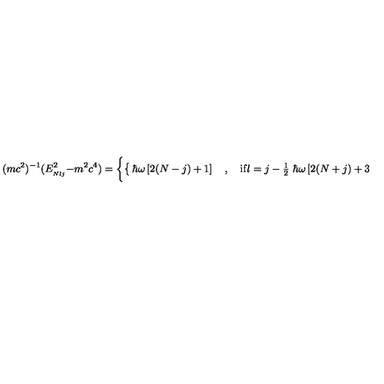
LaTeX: ( m c ^ { 2 } ) ^ { - 1 } ( E _ { _ { N l j } } ^ { 2 } - m ^ { 2 } c ^ { 4 } ) = \left\{ \begin{cases} { \hbar \omega \left[ 2 ( N - j ) + 1 \right] \quad , \quad \mathrm { i f } l = j - { \frac { 1 } { 2 } } } & { } \\ { \hbar \omega \left[ 2 ( N + j ) + 3 \right] \quad , \quad \mathrm { i f } l = j + { \frac { 1 } { 2 } } } & { \quad . } \\ \end{cases} \right.